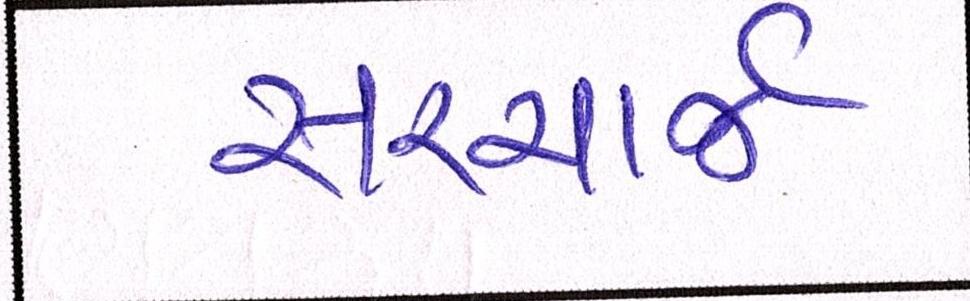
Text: સરચાર્જ